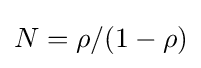
N=\rho /(1-\rho )